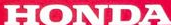
HONDA